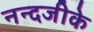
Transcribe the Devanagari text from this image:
नन्दजीके